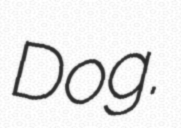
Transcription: Dog.